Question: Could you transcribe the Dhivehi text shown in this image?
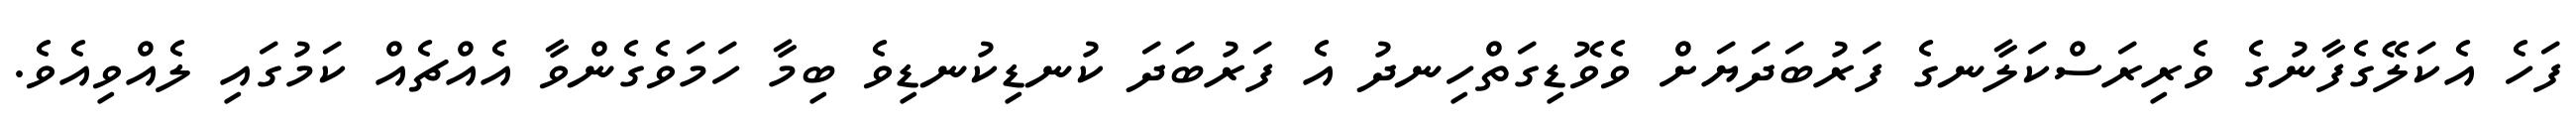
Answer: ފަހެ އެކަލޭގެފާނުގެ ވެރިރަސްކަލާނގެ ފަރުބަދަޔަށް ވެވޮޑިގަތްހިނދު އެ ފަރުބަދަ ކުނޑިކުނޑިވެ ބިމާ ހަމަވެގެންވާ އެއްޗެއް ކަމުގައި ލެއްވިއެވެ.